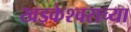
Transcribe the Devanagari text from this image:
खड्केश्वराच्या